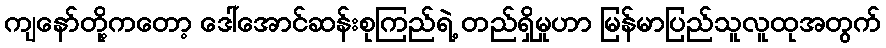
ကျနော်တို့ကတော့ ဒေါ်အောင်ဆန်းစုကြည်ရဲ့ တည်ရှိမှုဟာ မြန်မာပြည်သူလူထုအတွက်